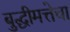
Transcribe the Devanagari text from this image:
बुद्धीमत्तेचा